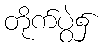
တိုက်ပွဲ၌